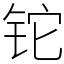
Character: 铊